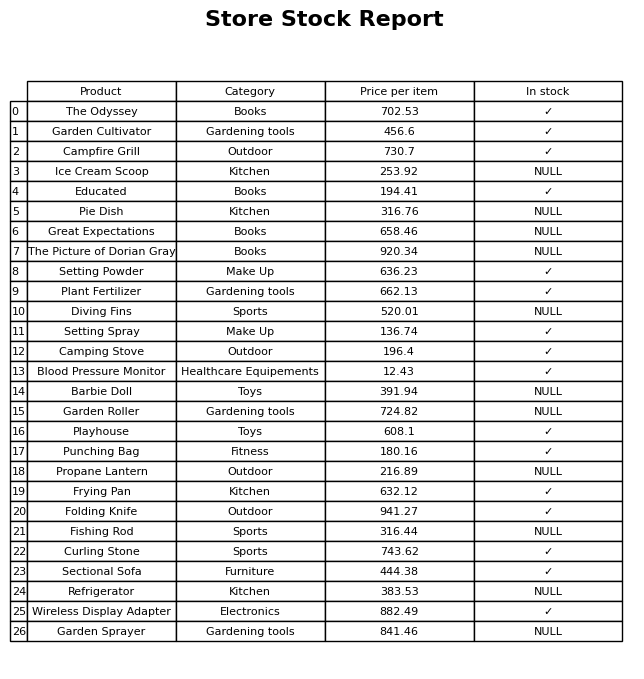
question: What is the price of the Garden Cultivator?
answer: The price of Garden Cultivator is 456.6.